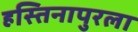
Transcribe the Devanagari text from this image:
हस्तिनापुरला